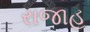
રાજાહ